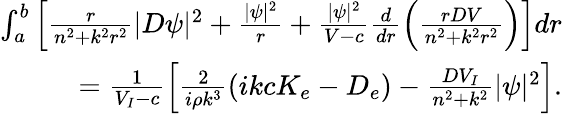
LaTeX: \begin{array}{r}{\int_{a}^{b}\left[\frac{r}{n^{2}+k^{2}r^{2}}|D\psi|^{2}+\frac{|\psi|^{2}}{r}+\frac{|\psi|^{2}}{V-c}\frac{d}{dr}\left(\frac{rDV}{n^{2}+k^{2}r^{2}}\right)\right]dr}\\ {=\frac{1}{V_{I}-c}\left[\frac{2}{i\rho k^{3}}\left(ikcK_{e}-D_{e}\right)-\frac{DV_{I}}{n^{2}+k^{2}}|\psi|^{2}\right].}\end{array}